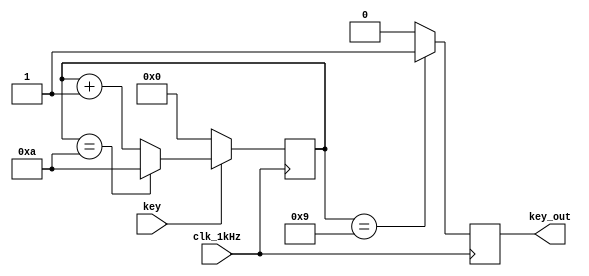
/**
 * debounce
 * 
 */
module debounce(
	input clk_1kHz,			// 
	input key,				// 
	output reg key_out		// 
);

reg [3:0]cnt;				// 

always @(posedge clk_1kHz)begin

	if(!key)
		cnt<=0;
	else if(cnt==4'd10)
		cnt<=4'd10;
	else
		cnt<=cnt+1;

	if(cnt==4'd9)
		key_out<=1;
	else
		key_out<=0;

end

endmodule